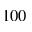
1 0 0